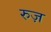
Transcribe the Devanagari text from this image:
रुज़